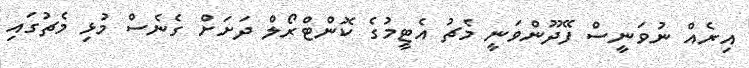
އިރެއް ނުވަނީސް ފޭދޫންވަނީ މެޗު އެޓީމުގެ ކޮންޓްރޯލް ދަށަށް ގެނެސް މުޅި މެޗުގައި